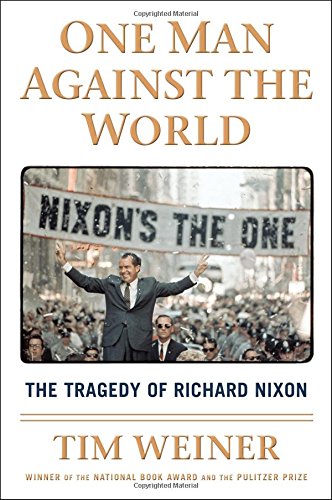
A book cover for One Man Against the World: The Tragedy of Richard Nixon; Tim Weiner; Biographies & Memoirs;